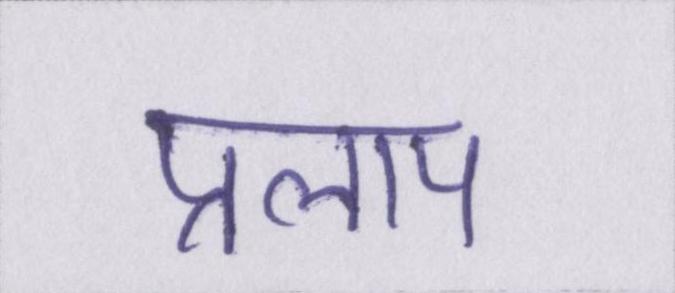
प्रलाप